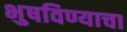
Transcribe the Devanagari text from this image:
भुषविण्याचा